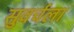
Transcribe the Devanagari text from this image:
सुवर्चला